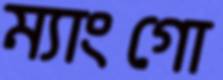
ম্যাংগো